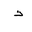
Letter: _thal